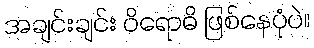
အချင်းချင်း ဝိရောဓိ ဖြစ်နေပုံပဲ။